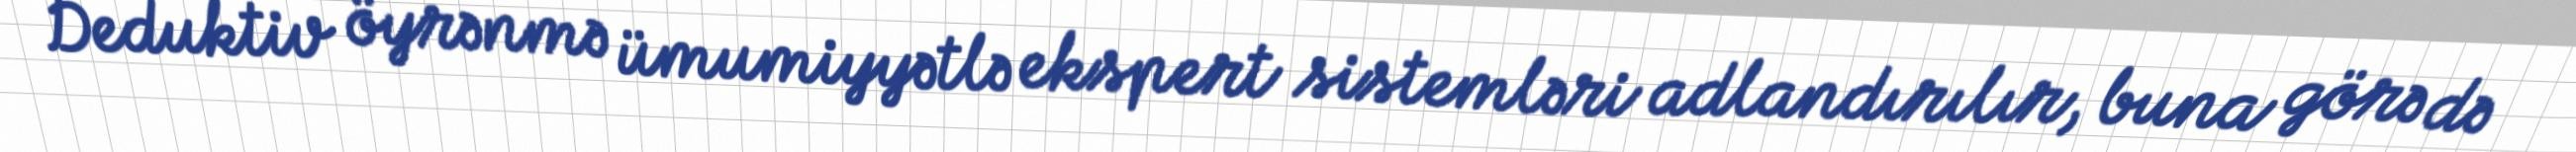
Deduktiv öyrənmə ümumiyyətlə ekspert sistemləri adlandırılır, buna görə də